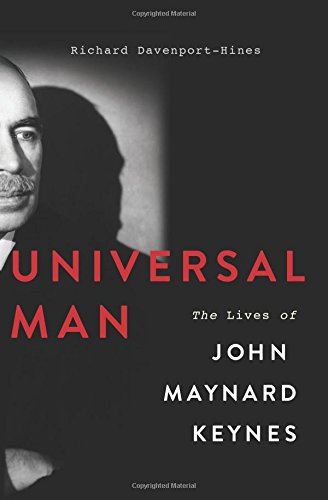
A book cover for Universal Man: The Lives of John Maynard Keynes; Richard Davenport-Hines; Biographies & Memoirs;